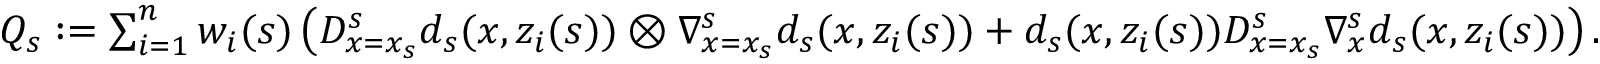
\begin{array} { r } { Q _ { s } : = \sum _ { i = 1 } ^ { n } w _ { i } ( s ) \left( D _ { x = x _ { s } } ^ { s } d _ { s } ( x , z _ { i } ( s ) ) \otimes \nabla _ { x = x _ { s } } ^ { s } d _ { s } ( x , z _ { i } ( s ) ) + d _ { s } ( x , z _ { i } ( s ) ) D _ { x = x _ { s } } ^ { s } \nabla _ { x } ^ { s } d _ { s } ( x , z _ { i } ( s ) ) \right) . } \end{array}